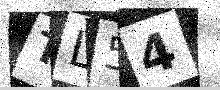
Text: TL54